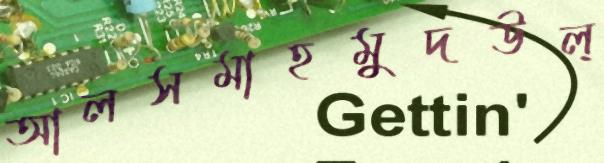
আলসমাহমুদউল্